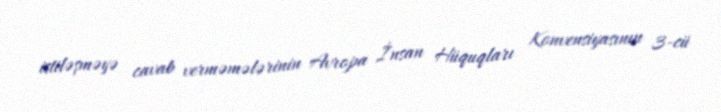
istiləşməyə cavab verməmələrinin Avropa İnsan Hüquqları Konvensiyasının 3-cü